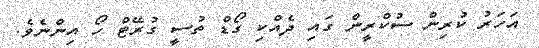
އަހަރު ކުރިން ސުކްރީން ގައި ދެއްކި ގޯޑް ތުސީ ގުރޭޓް ހޯ އިންނެވެ.